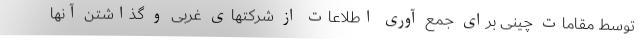
توسط مقامات چینی برای جمع آوری اطلاعات از شرکتهای غربی و گذاشتن آنها